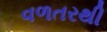
વળતરથી